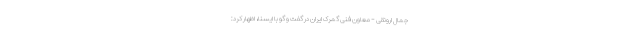
جمال ارونقی - معاون فنی گمرک ایران در گفت و گو با ایسنا، اظهار کرد: